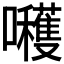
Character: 𭌶